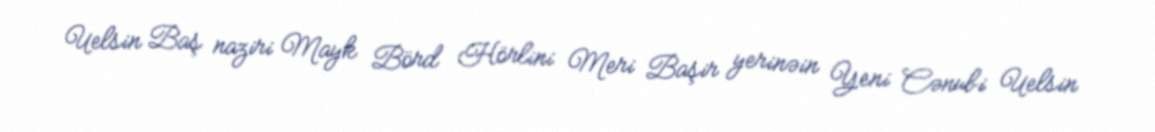
Uelsin Baş naziri Mayk Börd Hörlini Meri Başir yerinəin Yeni Cənubi Uelsin